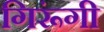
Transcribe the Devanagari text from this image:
गिरूंगी